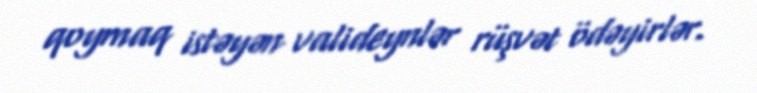
qoymaq istəyən valideynlər rüşvət ödəyirlər.